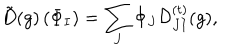
LaTeX: { \tilde { D } } ( g ) \left( \Phi _ { I } \right) = \sum _ { J } \Phi _ { J } { \cal D } _ { J I } ^ { ( t ) } ( g ) ,